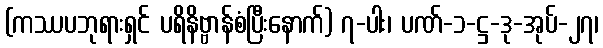
(ကဿပဘုရားရှင် ပရိနိဗ္ဗာန်စံပြီးနောက်) ၇-ပါး၊ ပဏ်-၁-ဋ္ဌ-ဒု-အုပ်-၂၇၊